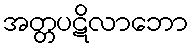
အတ္တပဋိလာဘော